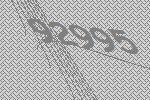
92995